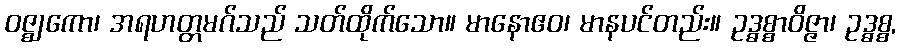
ဝဇ္ဈကော၊ အရဟတ္တမဂ်သည် သတ်ထိုက်သော။ မာနောဧဝ၊ မာနပင်တည်း။ ဥဒ္ဓစ္စာဝိဇ္ဇာ၊ ဥဒ္ဓစ္စ,